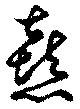
憙